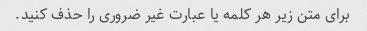
برای متن زیر هر کلمه یا عبارت غیر ضروری را حذف کنید.